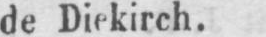
de Diekirch.